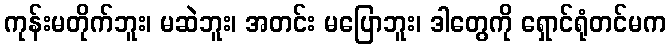
ကုန်းမတိုက်ဘူး၊ မဆဲဘူး၊ အတင်း မပြောဘူး၊ ဒါတွေကို ရှောင်ရုံတင်မက